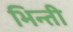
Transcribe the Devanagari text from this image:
भिन्ती